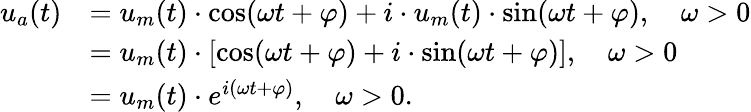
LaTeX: {\begin{array}{rl}{u_{a}(t)}&{=u_{m}(t)\cdot\cos(\omega t+\varphi)+i\cdot u_{m}(t)\cdot\sin(\omega t+\varphi),\quad\omega>0}\\ &{=u_{m}(t)\cdot\left[\cos(\omega t+\varphi)+i\cdot\sin(\omega t+\varphi)\right],\quad\omega>0}\\ &{=u_{m}(t)\cdot e^{i(\omega t+\varphi)},\quad\omega>0.\, }\end{array}}